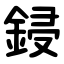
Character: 鋟